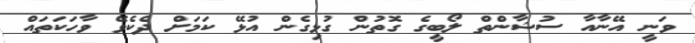
ވަނީ އޭނާއާ ސުޝާންތް ލޯބީގެ ގޮތުން ގުޅިގެން އުޅޭ ކަމަށް ދެކެވޭ ވާހަކަތައް